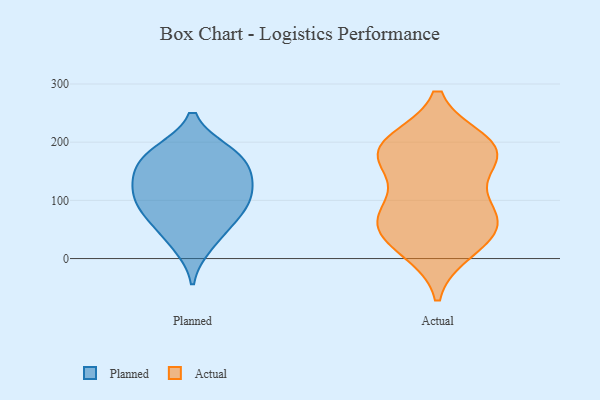
{"axis": {"x": "Churn Rate (%)", "y": "Value"}, "legend": ["Actual", "Planned"], "data": [{"x": "", "y": 81, "type": "Planned"}, {"x": "", "y": 153, "type": "Planned"}, {"x": "", "y": 49, "type": "Planned"}, {"x": "", "y": 121, "type": "Planned"}, {"x": "", "y": 177, "type": "Planned"}, {"x": "", "y": 87, "type": "Planned"}, {"x": "", "y": 183, "type": "Planned"}, {"x": "", "y": 123, "type": "Planned"}, {"x": "", "y": 135, "type": "Planned"}, {"x": "", "y": 179, "type": "Planned"}, {"x": "", "y": 23, "type": "Planned"}, {"x": "", "y": 89, "type": "Planned"}, {"x": "", "y": 16, "type": "Actual"}, {"x": "", "y": 199, "type": "Actual"}, {"x": "", "y": 30, "type": "Actual"}, {"x": "", "y": 196, "type": "Actual"}, {"x": "", "y": 83, "type": "Actual"}, {"x": "", "y": 81, "type": "Actual"}, {"x": "", "y": 183, "type": "Actual"}, {"x": "", "y": 172, "type": "Actual"}, {"x": "", "y": 44, "type": "Actual"}, {"x": "", "y": 57, "type": "Actual"}, {"x": "", "y": 184, "type": "Actual"}, {"x": "", "y": 168, "type": "Actual"}, {"x": "", "y": 83, "type": "Actual"}]}